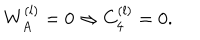
W _ { A } ^ { ( l ) } = 0 \Rightarrow C _ { 4 } ^ { ( l ) } = 0 .